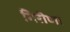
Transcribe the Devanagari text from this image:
गिरीणां